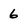
Character: 6